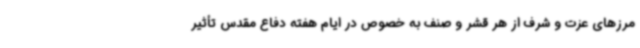
مرزهای عزت و شرف از هر قشر و صنف به خصوص در ایام هفته دفاع مقدس تأثیر